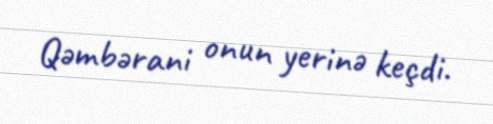
Qəmbərani onun yerinə keçdi.